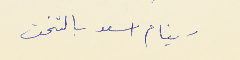
- ينام اسعد بالتخت